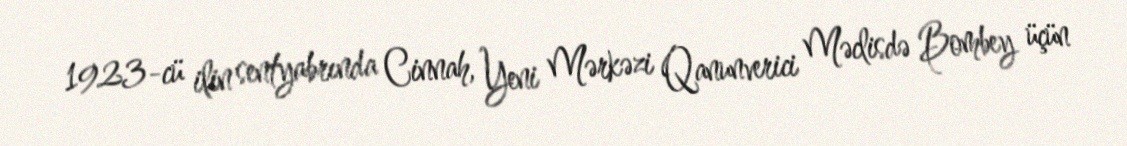
1923-cü ilin sentyabrında Cinnah, Yeni Mərkəzi Qanunverici Məclisdə Bombey üçün